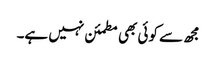
مجھ سے کوئی بھی مطمئن نہیں ہے۔